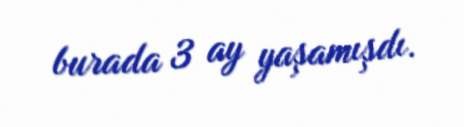
burada 3 ay yaşamışdı.